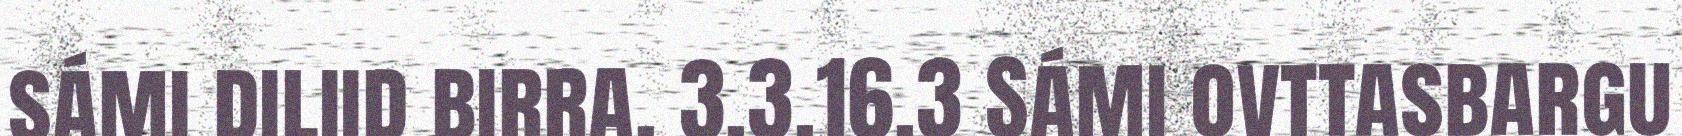
sámi diliid birra. 3.3.16.3 Sámi ovttasbargu